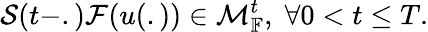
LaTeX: \mathcal{S}(t-.)\mathcal{F}(u(.))\in\mathcal{M}_{\mathbb{F}}^{t},\; \forall 0<t\leq T.